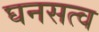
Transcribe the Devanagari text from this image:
घनसत्व